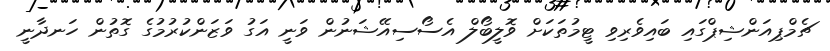
ޗެމްޕިއަންޝިޕްގައި ބައިވެރިވި ޓީމުތަކަށް ވޮލީބޯލް އެސޯސިއޭޝަނުން ވަނީ އަގު ވަޒަންކުރުމުގެ ގޮތުން ހަނދާނީ